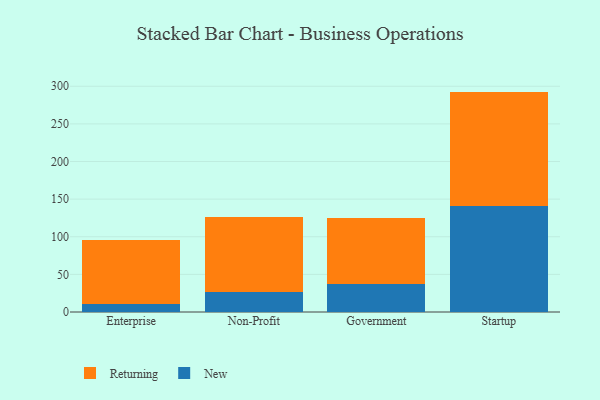
{"axis": {"x": "Segment", "y": "Shipments"}, "legend": ["New", "Returning"], "data": [{"x": "Enterprise", "y": 10.4, "type": "New"}, {"x": "Enterprise", "y": 85.9, "type": "Returning"}, {"x": "Non-Profit", "y": 26.7, "type": "New"}, {"x": "Non-Profit", "y": 99.4, "type": "Returning"}, {"x": "Government", "y": 37.2, "type": "New"}, {"x": "Government", "y": 87.8, "type": "Returning"}, {"x": "Startup", "y": 140.7, "type": "New"}, {"x": "Startup", "y": 152.2, "type": "Returning"}]}